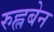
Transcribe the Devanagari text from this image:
रुह्लबेन